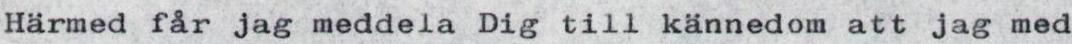
Härmed får jag meddela Dig till kännedom att jag med